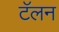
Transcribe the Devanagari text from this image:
टॅलन